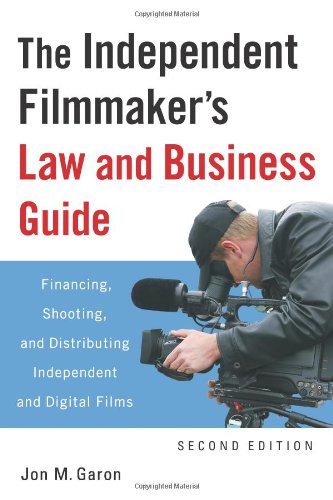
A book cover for The Independent Filmmaker's Law and Business Guide: Financing, Shooting, and Distributing Independent and Digital Films; Jon M. Garon; Humor & Entertainment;